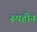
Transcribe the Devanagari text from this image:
रूपहीन